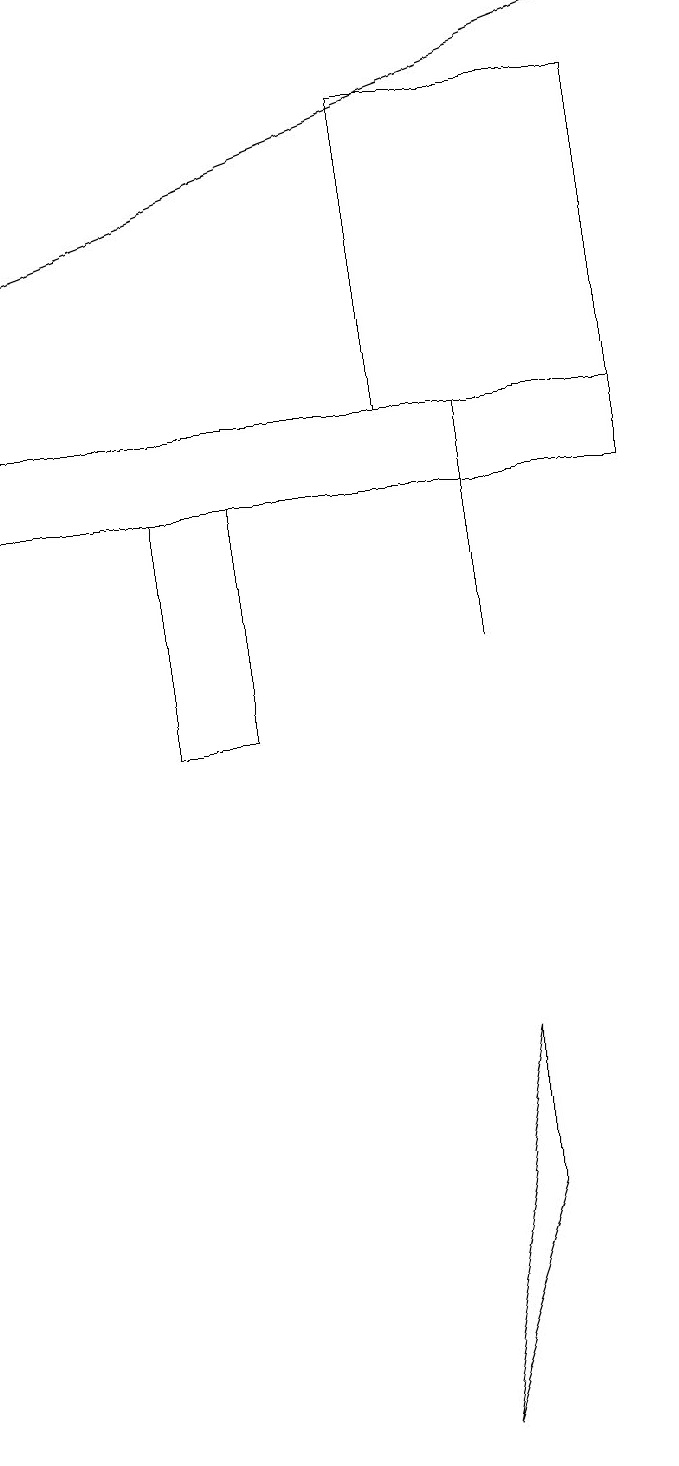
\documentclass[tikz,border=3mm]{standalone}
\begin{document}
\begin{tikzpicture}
\draw (6,11) rectangle (6,14);
\draw (2,13) rectangle (3,10);
\draw (6,4) -- (6,6) -- (5,1) -- cycle;
\draw (5,18) rectangle (8,14);
\draw (0,14) rectangle (8,13);
\draw[->] (8,19) -- (0,16);
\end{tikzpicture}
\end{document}